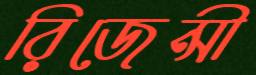
রিজেন্সী